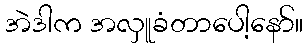
အဲဒါက အလှူခံတာပေါ့နော်။